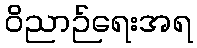
ဝိညာဉ်ရေးအရ